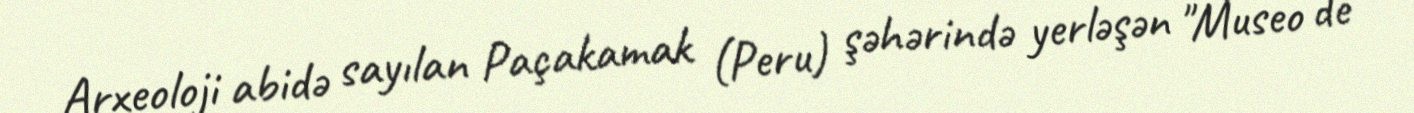
Arxeoloji abidə sayılan Paçakamak (Peru) şəhərində yerləşən "Museo de